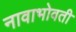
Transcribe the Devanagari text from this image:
नावाभोवती